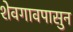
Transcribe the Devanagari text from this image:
शेवगावपासुन